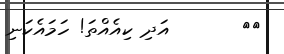
٦٦       އަދި ކިއެއްތަ! ހަމައެކަނި